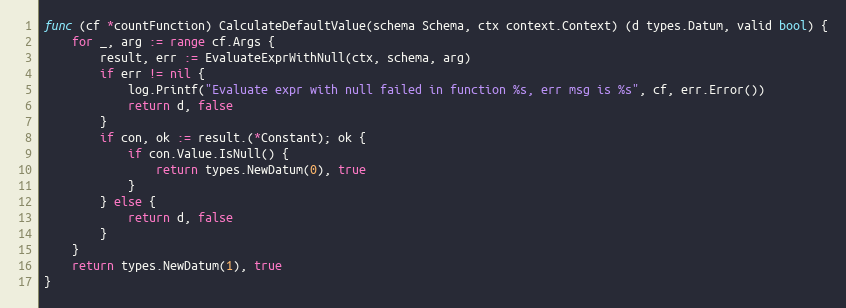
Language: Go
func (cf *countFunction) CalculateDefaultValue(schema Schema, ctx context.Context) (d types.Datum, valid bool) {
	for _, arg := range cf.Args {
		result, err := EvaluateExprWithNull(ctx, schema, arg)
		if err != nil {
			log.Printf("Evaluate expr with null failed in function %s, err msg is %s", cf, err.Error())
			return d, false
		}
		if con, ok := result.(*Constant); ok {
			if con.Value.IsNull() {
				return types.NewDatum(0), true
			}
		} else {
			return d, false
		}
	}
	return types.NewDatum(1), true
}